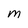
Character: M